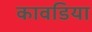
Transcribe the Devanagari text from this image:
कावडिया